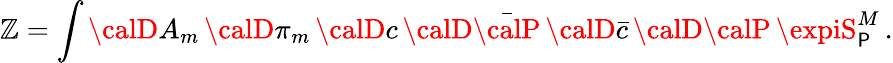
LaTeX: \mathbb{Z}=\int{\calD}A_{m}\, {\calD}\pi_{m}\, {\calD}c\, {\calD}\bar{{\calP}}\, {\calD}\bar{{c}}\, {\calD}{\calP}\, \expiS_{\P}^{M}\, .